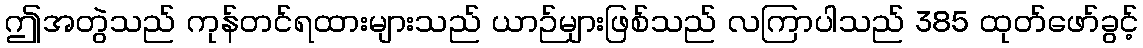
ဤအတွဲသည် ကုန်တင်ရထားများသည် ယာဉ်များဖြစ်သည် လကြာပါသည် 385 ထုတ်ဖော်ခွင့်